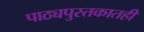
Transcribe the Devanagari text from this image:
पाठ्यपुस्तकातही